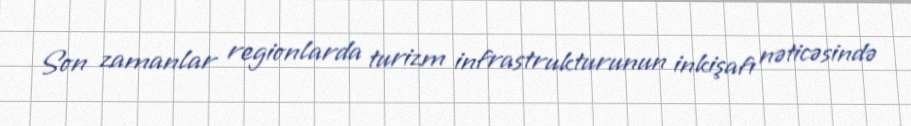
Son zamanlar regionlarda turizm infrastrukturunun inkişafı nəticəsində